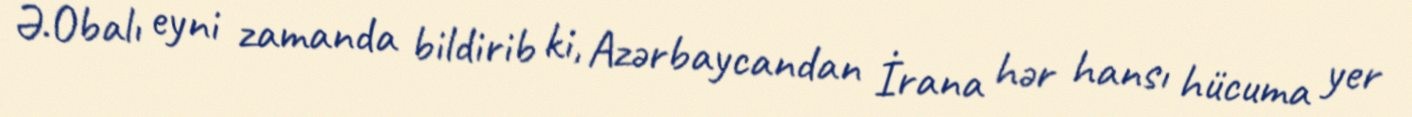
Ə.Obalı eyni zamanda bildirib ki, Azərbaycandan İrana hər hansı hücuma yer